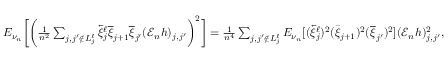
\begin{array} { r l } & { E _ { \nu _ { n } } \bigg [ \bigg ( \frac { 1 } { n ^ { 2 } } \sum _ { j , j ^ { \prime } \notin { L _ { j } ^ { \ell } } } \overleftarrow { \xi } _ { j } ^ { \ell } \overline { { \xi } } _ { j + 1 } \overline { { \xi } } _ { j ^ { \prime } } ( \mathscr { E } _ { n } h ) _ { j , j ^ { \prime } } \bigg ) ^ { 2 } \bigg ] = \frac { 1 } { n ^ { 4 } } \sum _ { j , j ^ { \prime } \notin { L _ { j } ^ { \ell } } } E _ { \nu _ { n } } [ ( \overleftarrow { \xi } _ { j } ^ { \ell } ) ^ { 2 } ( \bar { \xi } _ { j + 1 } ) ^ { 2 } ( \overline { { \xi } } _ { j ^ { \prime } } ) ^ { 2 } ] ( \mathscr { E } _ { n } h ) _ { j , j ^ { \prime } } ^ { 2 } , } \end{array}